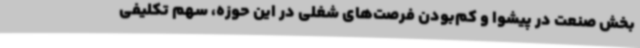
بخش صنعت در پیشوا و کم‌بودن فرصت‌های شغلی در این حوزه، سهم تکلیفی